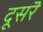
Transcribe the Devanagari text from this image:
दूसरॆ